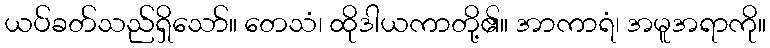
ယပ်ခတ်သည်ရှိသော်။ တေသံ၊ ထိုဒါယကာတို့၏။ အာကာရံ၊ အမူအရာကို။